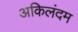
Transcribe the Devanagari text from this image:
अकिलंदम